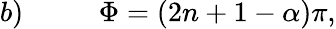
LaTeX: b)\, \, \, \, \, \, \, \, \, \, \, \, \, \, \, \, \Phi=(2n+1-\alpha)\pi,